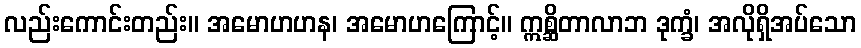
လည်းကောင်းတည်း။ အမောဟဟန၊ အမောဟကြောင့်။ ဣစ္ဆိတာလာဘ ဒုက္ခံ၊ အလိုရှိအပ်သော